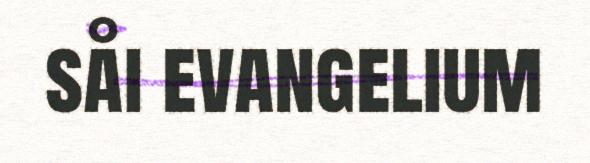
såi evangelium